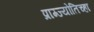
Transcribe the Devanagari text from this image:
प्राग्ज्योतिच्हा